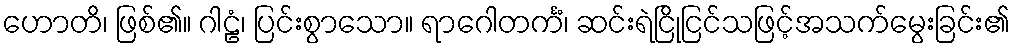
ဟောတိ၊ ဖြစ်၏။ ဂါဠံ၊ ပြင်းစွာသော။ ရာဂေါတင်္ကံ၊ ဆင်းရဲငြိုငြင်သဖြင့်အသက်မွေးခြင်း၏